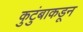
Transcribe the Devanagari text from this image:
कुटुंबाकडून